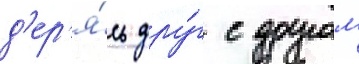
д'ер'я́сь дру́г с другом